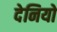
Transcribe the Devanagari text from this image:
देनियो